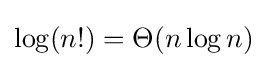
\log(n!)=\Theta (n\log n)